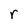
Character: r